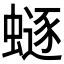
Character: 𧏿